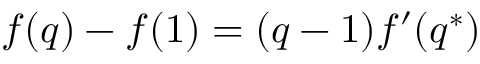
f ( q ) - f ( 1 ) = ( q - 1 ) f ^ { \prime } ( q ^ { * } )